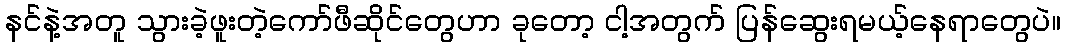
နင်နဲ့အတူ သွားခဲ့ဖူးတဲ့ကော်ဖီဆိုင်တွေဟာ ခုတော့ ငါ့အတွက် ပြန်ဆွေးရမယ့်နေရာတွေပဲ။